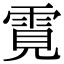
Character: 䨘